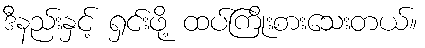
ဒီနည်းနှင့် ရှင်းဖို့ ထပ်ကြိုးစားသေးတယ်။